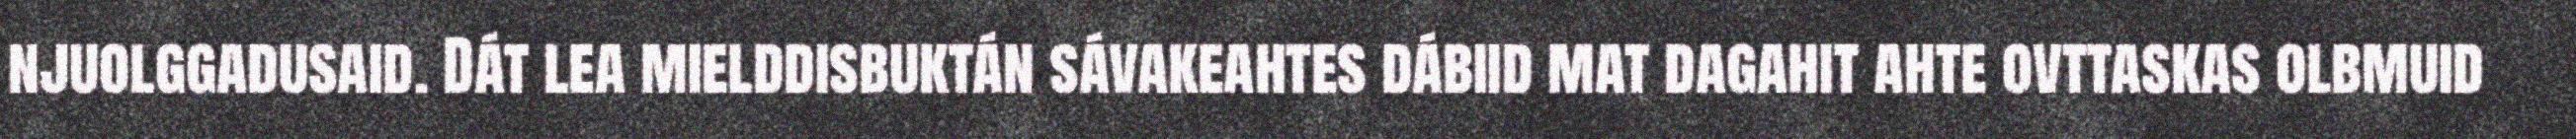
njuolggadusaid. Dát lea mielddisbuktán sávakeahtes dábiid mat dagahit ahte ovttaskas olbmuid